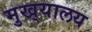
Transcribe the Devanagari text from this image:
मुख्‌यालय